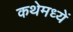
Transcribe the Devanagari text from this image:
कथेमध्यें